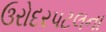
ઉરોદરપટલના